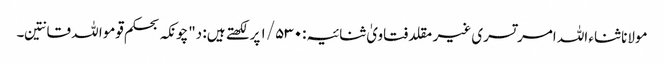
مولانا ثناء اللہ امرتسری غیر مقلد فتاویٰ ثنائیہ:۱/۵۳۰ پر لکھتے ہیں: د"چونکہ بحکم قوموا للہ قانتین۔